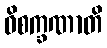
ဝိစက္ခဏာတိ